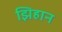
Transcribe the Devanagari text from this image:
झिहान